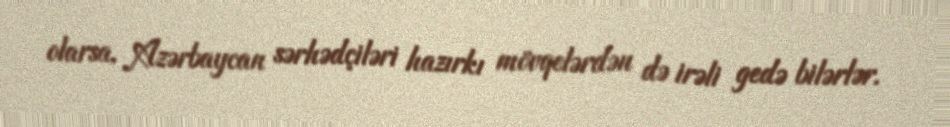
olarsa, Azərbaycan sərhədçiləri hazırkı mövqelərdən də irəli gedə bilərlər.